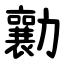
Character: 勷